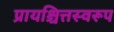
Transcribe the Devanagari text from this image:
प्रायश्चित्तस्वरूप